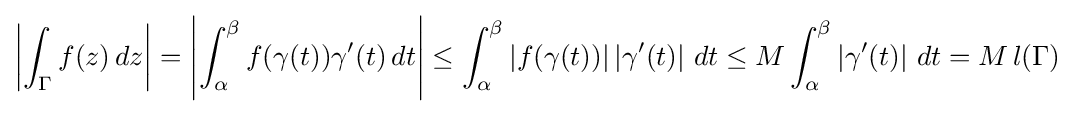
\left|\int _{\Gamma }f(z)\,dz\right|=\left|\int _{\alpha }^{\beta }f(\gamma (t))\gamma '(t)\,dt\right|\leq \int _{\alpha }^{\beta }\left|f(\gamma (t))\right|\left|\gamma '(t)\right|\,dt\leq M\int _{\alpha }^{\beta }\left|\gamma '(t)\right|\,dt=M\,l(\Gamma )